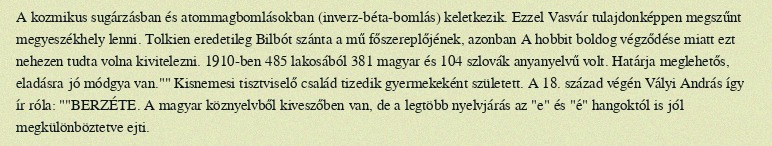
A kozmikus sugárzásban és atommagbomlásokban (inverz-béta-bomlás) keletkezik. Ezzel Vasvár tulajdonképpen megszűnt megyeszékhely lenni. Tolkien eredetileg Bilbót szánta a mű főszereplőjének, azonban A hobbit boldog végződése miatt ezt nehezen tudta volna kivitelezni. 1910-ben 485 lakosából 381 magyar és 104 szlovák anyanyelvű volt. Határja meglehetős, eladásra jó módgya van."" Kisnemesi tisztviselő család tizedik gyermekeként született. A 18. század végén Vályi András így ír róla: ""BERZÉTE. A magyar köznyelvből kiveszőben van, de a legtöbb nyelvjárás az "e" és "é" hangoktól is jól megkülönböztetve ejti.